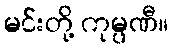
မင်းတို့ ကုမ္ပဏီ။